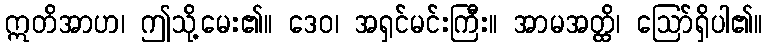
ဣတိအာဟ၊ ဤသို့မေး၏။ ဒေဝ၊ အရှင်မင်းကြီး။ အာမအတ္ထိ၊ ဩော်ရှိပါ၏။